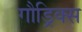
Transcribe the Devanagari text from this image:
गौड्रिक्स